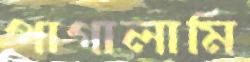
পাগালামি